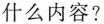
什么内容?